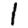
Digit: 1